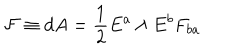
{ \cal F } \equiv d A = { \frac { 1 } { 2 } } E ^ { a } \wedge E ^ { b } F _ { b a }